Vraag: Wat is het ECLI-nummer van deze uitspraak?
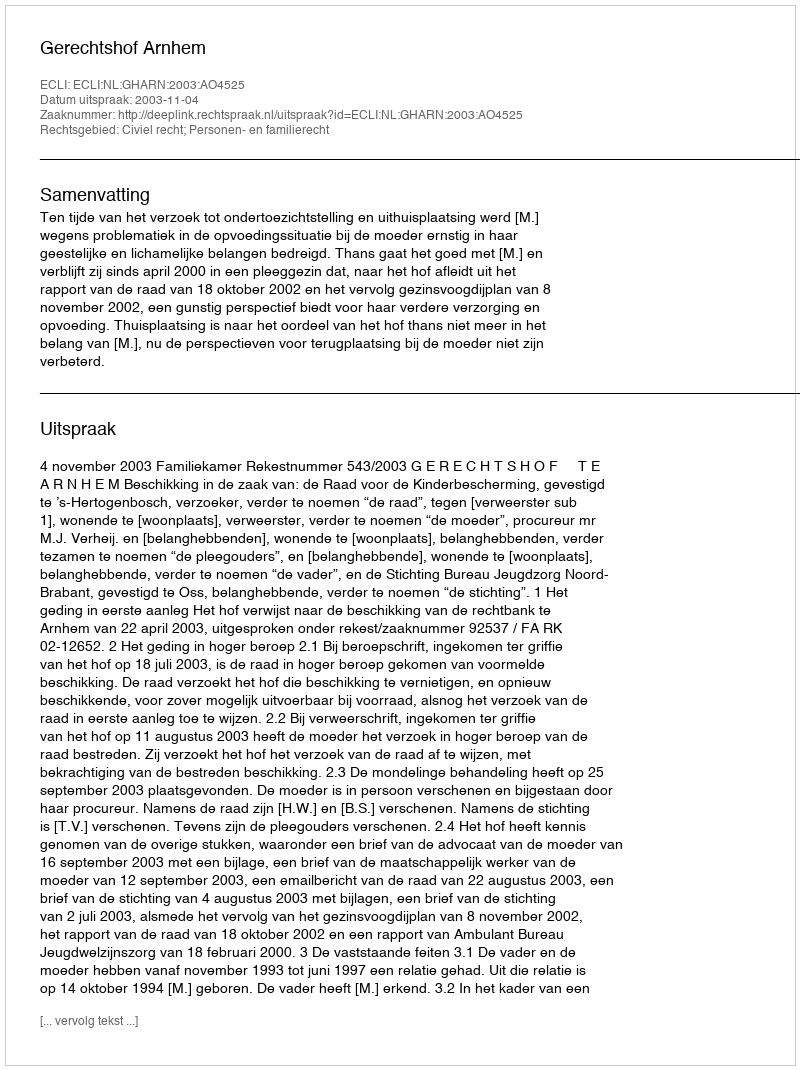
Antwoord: ECLI:NL:GHARN:2003:AO4525